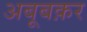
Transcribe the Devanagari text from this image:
अबूबक़र